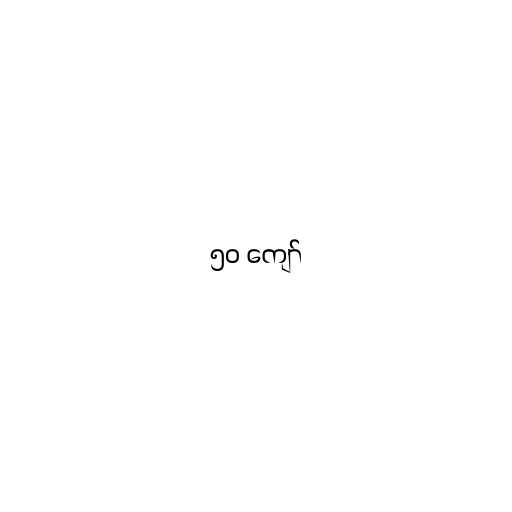
၅၀ ကျော်